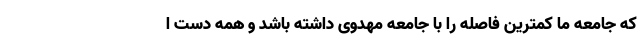
که جامعه ما کمترین فاصله را با جامعه مهدوی داشته باشد و همه دست ا